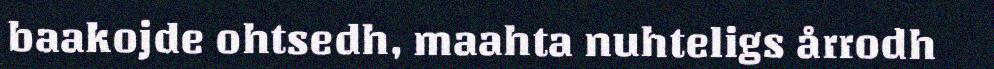
baakojde ohtsedh, maahta nuhteligs årrodh